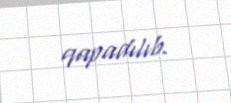
qapadılıb.